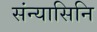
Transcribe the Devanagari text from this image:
संन्यासिनि